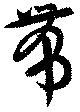
帯